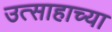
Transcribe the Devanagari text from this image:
उत्साहाच्या